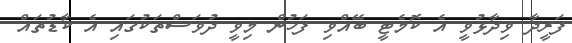
ފަރީދާ ވިދާޅުވީ އެ ކޮމެޓީ ބޭއްވި ފަހުން މިވީ ދުވަސްތަކުގައި އެ ކާޑުތައް